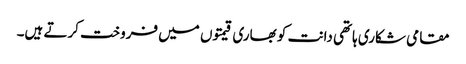
مقامی شکاری ہاتھی دانت کو بھاری قیمتوں میں فروخت کرتے ہیں۔